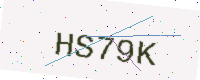
Text: HS79K